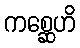
ကစ္ဆေဟိ